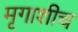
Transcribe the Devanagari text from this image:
मृगाशीच